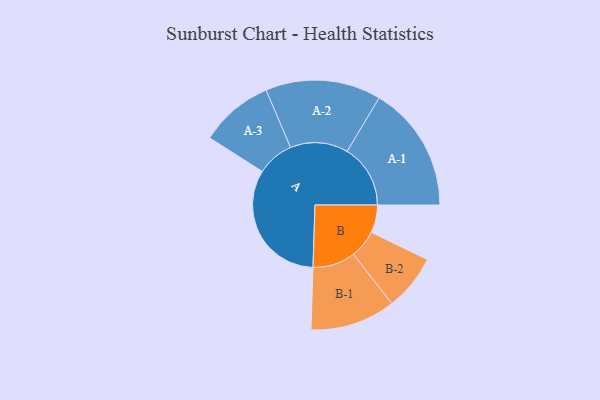
{"axis": {"x": "Segment", "y": "Value"}, "legend": ["", "A", "B"], "data": [{"x": "A", "y": 494, "type": ""}, {"x": "B", "y": 106, "type": ""}, {"x": "A-1", "y": 242, "type": "A"}, {"x": "A-2", "y": 221, "type": "A"}, {"x": "A-3", "y": 141, "type": "A"}, {"x": "B-1", "y": 163, "type": "B"}, {"x": "B-2", "y": 107, "type": "B"}]}